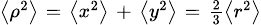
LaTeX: \scriptstyle\left\langle\rho^{2}\right\rangle\; =\; \left\langle x^{2}\right\rangle\; +\; \left\langle y^{2}\right\rangle\; =\; {\frac{2}{3}}\left\langle r^{2}\right\rangle